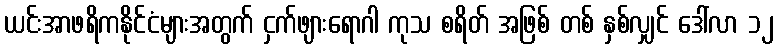
ယင်းအာဖရိကနိုင်ငံများအတွက် ငှက်ဖျားရောဂါ ကုသ စရိတ် အဖြစ် တစ် နှစ်လျှင် ဒေါ်လာ ၁၂